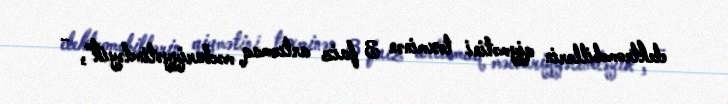
elektromobillərin qiymətini təxminən 3 faiz artırmaq məcburiyyətindəyik”, -